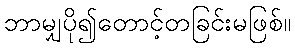
ဘာမျှပို၍တောင့်တခြင်းမဖြစ်။